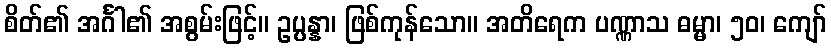
စိတ်၏ အင်္ဂါ၏ အစွမ်းဖြင့်။ ဥပ္ပန္နာ၊ ဖြစ်ကုန်သော။ အတိရေက ပဏ္ဏာသ ဓမ္မာ၊ ၅၀၊ ကျော်